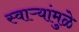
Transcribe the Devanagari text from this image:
स्वाऱ्यांमुळे